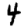
Digit: 4